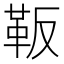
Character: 𲊛